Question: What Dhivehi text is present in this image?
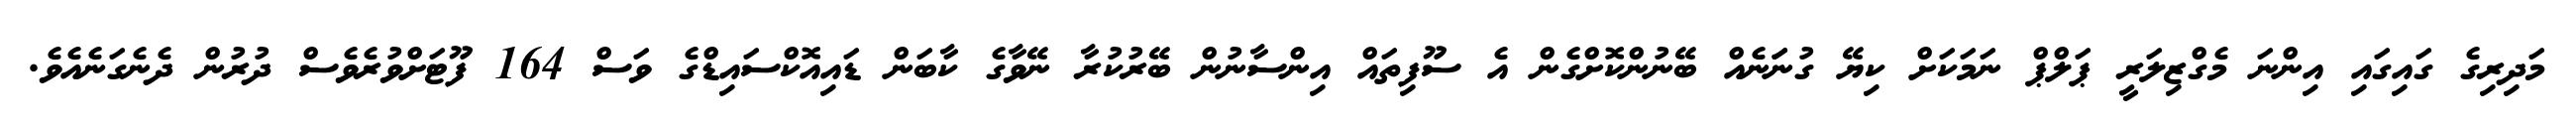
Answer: މަދިރިގެ ގައިގައި އިންނަ މެގްޒިލަރީ ޕަލްޕް ނަމަކަށް ކިޔޭ ގުނަަނެއް ބޭނުންކޮށްގެން އެ ސޫފިތައް އިންސާނުން ބޭރުކުރާ ނޭވާގެ ކާބަން ޑައިއޮކްސައިޑްގެ ވަސް 164 ފޫޓަށްވުރެވެސް ދުރުން ދެނެގަނެއެވެ.